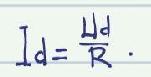
\[ I_d = \frac{U_d}{R} \]